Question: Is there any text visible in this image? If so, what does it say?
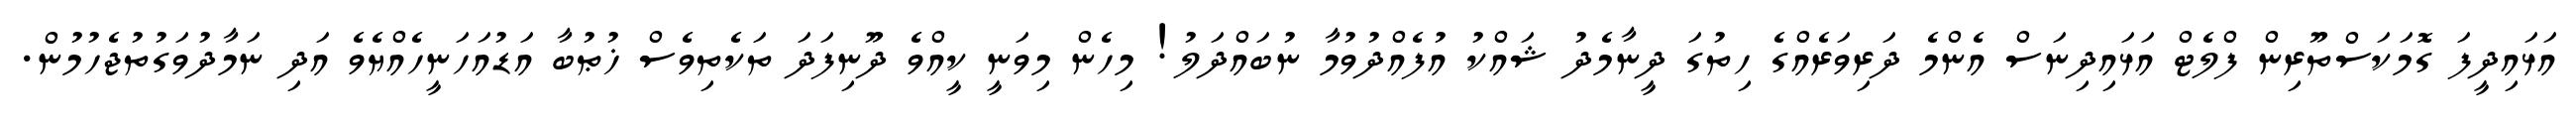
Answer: އަޅައިދީފަ ގޮމަކަސްތޫރިން ފްލެޓް އަޅައިދިނަސް އެންމެ ދަރިވަރެއްގެ ހިތުގަ ދީނާމެދު ޝައްކު އުފެއްދުވުމާ ނުބައްދަލު! މިހެން މިވަނީ ކީއްވެ ދޫނިފަދަ ތަކެތިވެސް ޚުޠުބާ އަޑުއަހަނީހެއްޔެވެ އަދި ނަމާދުވަގުތުޖެހުމުން.